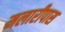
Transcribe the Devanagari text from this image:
मलारीपास